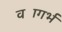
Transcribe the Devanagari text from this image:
वज्रगर्भ